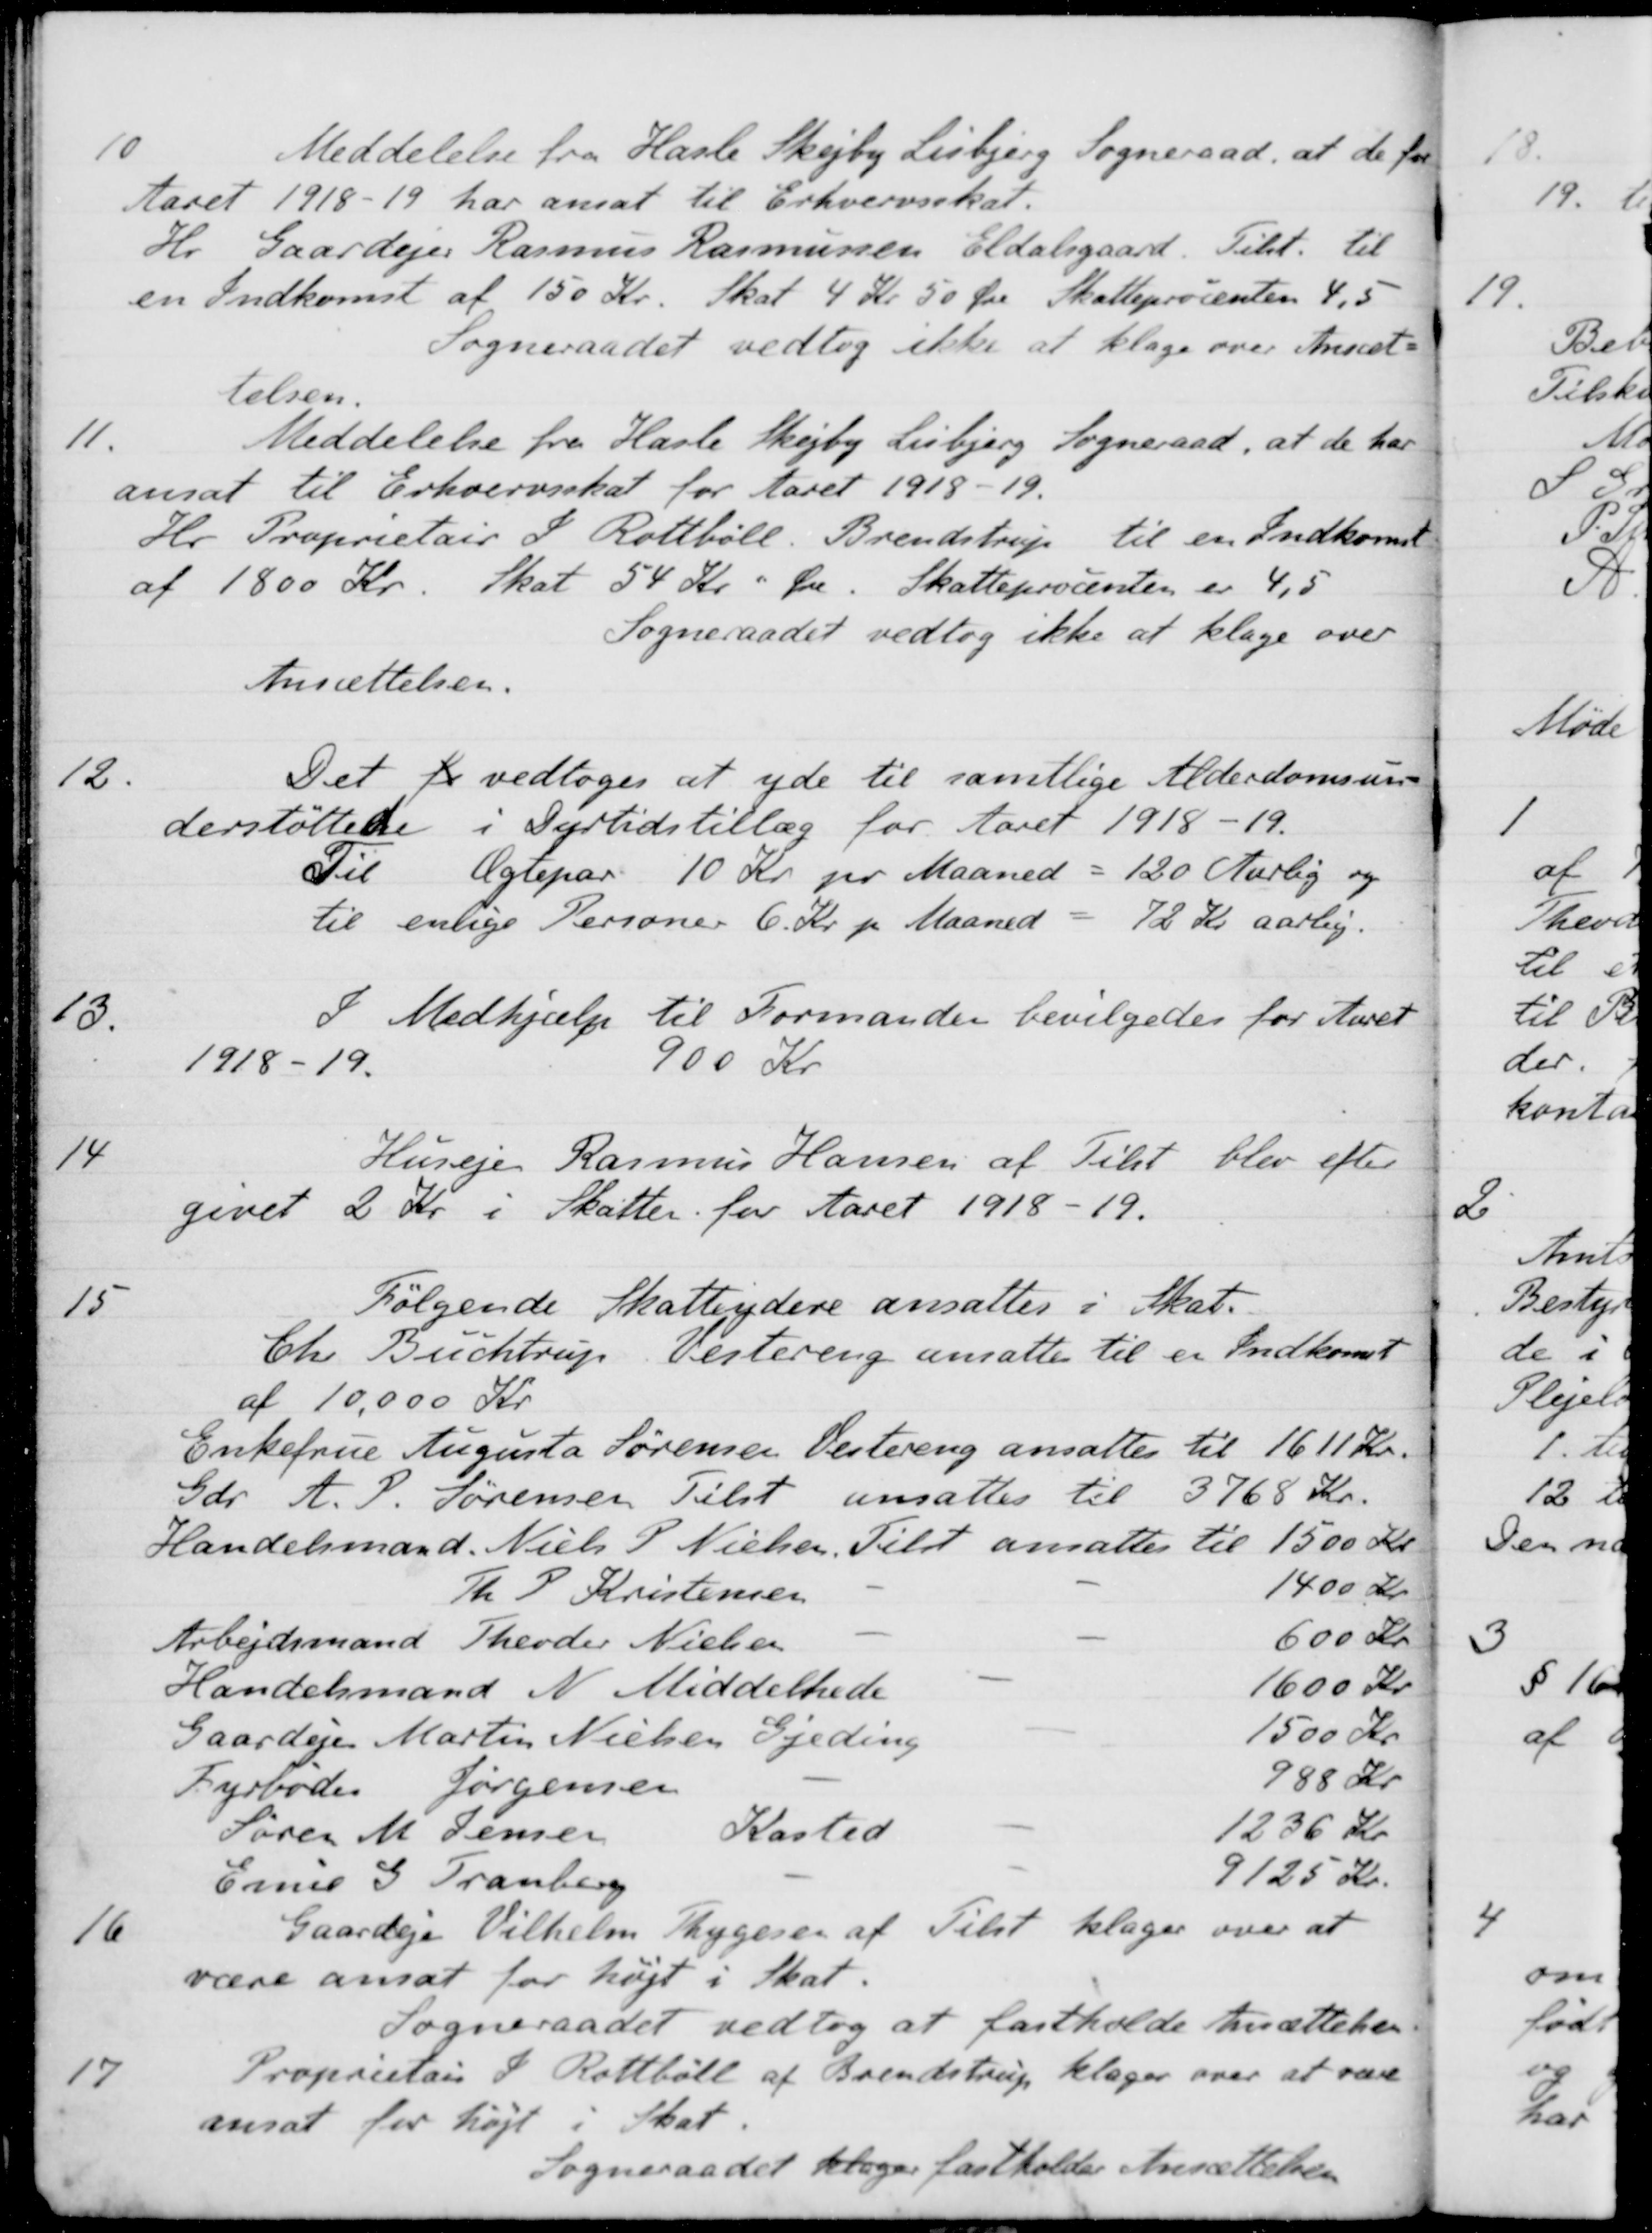
Transskription:
10
Meddelelse fra Hasle Skejby Lisbjerg Sogneraad, at de for
Aaret 1918-19 har ansat til Erhvervsskat.
Hr. Gaardejer Rasmus Rasmussen Eldalsgaard. Tilst. til
en Indkomst af 150 Kr. Skat 4 Kr. 50 Øre Skatteprocenten 4,5
Sogneraadet vedtog ikke at klage over Ansæt-
telsen.
11.
Meddelelse fra Hasle Skejby Lisbjerg Sogneraad, at de har
ansat til Erhvervsskat for Aaret 1918-19.
Hr. Proprietair P. Rottbøll. Brendstrup til en Indkomst
af 1800 Kr. Skat 54 Kr " Øre. Skatteprocenten er 4,5
Sogneraadet vedtog ikke at klage over
Ansættelsen.
12.
Det er vedtoges at yde til samtlige Alderdomsun-
derstøttede i Dyrtidstillæg for Aaret 1918-19.
Til Ægtepar 10 Kr pr Maaned = 120 Aarlig og
til enlige Personer 6 Kr pr Maaned = 72 Kr aarlig.
13.
I Medhjælp til Formanden bevilgedes for Aaret
1918-19.
900 Kr
14
Husejer Rasmus Hansen af Tilst blev efter
givet 2 Kr i Skatter for Aaret 1918-19.
15
Følgende Skatteydere ansattes i Skat.
Chr. Buchtrup, Vestering ansatte til er Indkomst
af 10.000 Kr.
Enkefrue Augusta Sørensen Vestereng ansattes til 1611 Kr.
Gdr. A. P. Sørensen Tilst ansattes til 3768 Kr.
Handelsmand Niels P Nielsen, Tilst ansattes til 1500 Kr.
Th. P. Kristensen
1400 Kr
Arbejdsmand Theodor Nielsen
600 Kr
Handelsmand N Middelhede
1600 Kr.
Gaardejer Martin Nielsen Gjeding
1500 Kr
Fyrbøder Jørgensen
988 Kr
Søren M. Jensen Kasted
Kasted
1236 Kr
Emil G Tranberg
9125 Kr.
16
Gaardejer Vilhelm Thygesen af Tilst klager over at
være ansat for højt i Skat.
Sogneraadet vedtog at fastholde Ansættelsen
17
Proprietair I. Rottbøll af Brendstrup klager over at være
ansat for højt i Skat.
Sogneraadet klager fastholder Ansættelsen